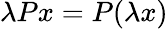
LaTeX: \lambda Px=P(\lambda x)